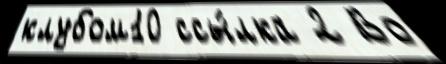
клубом10 ссы́лка 2 Во